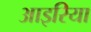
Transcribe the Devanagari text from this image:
आइरिया